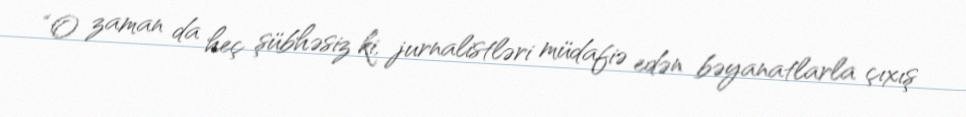
“O zaman da heç şübhəsiz ki, jurnalistləri müdafiə edən bəyanatlarla çıxış